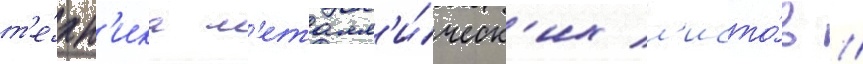
т'е́хн'ика м'еталл'и́ческ'их л'исто́в //